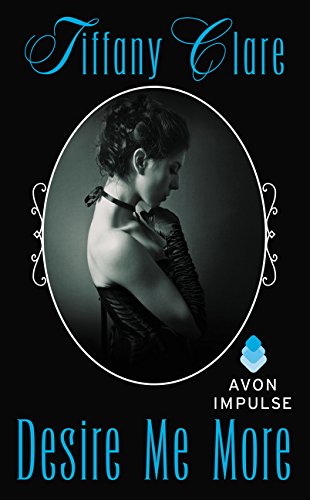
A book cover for Desire Me More; Tiffany Clare; Romance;